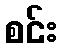
စင်း